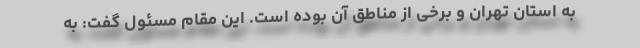
به استان تهران و برخی از مناطق آن بوده است. این مقام مسئول گفت: به